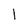
Character: l